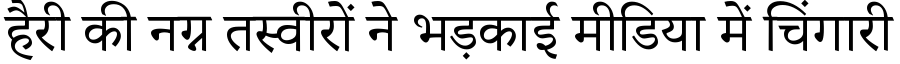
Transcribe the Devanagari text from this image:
हैरी की नग्न तस्वीरों ने भड़काई मीडिया में चिंगारी